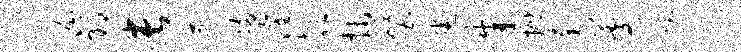
幄邪长遂埽濯欹抹璧悉朱抛萄晷隐